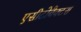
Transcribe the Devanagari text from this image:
एसीटोबैक्टस